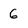
Character: 6